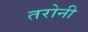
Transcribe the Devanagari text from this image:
तरोनी